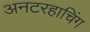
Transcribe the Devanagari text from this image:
अनटरहाचिंग